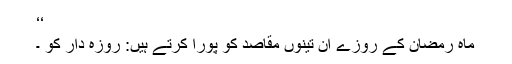
‘‘
ماہِ رمضان کے روزے ان تینوں مقاصد کو پورا کرتے ہیں: روزہ دار کو ۔